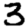
Digit: 3